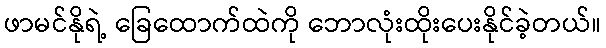
ဖာမင်နိုရဲ့ ခြေထောက်ထဲကို ဘောလုံးထိုးပေးနိုင်ခဲ့တယ်။